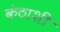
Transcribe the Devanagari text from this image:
कंठाशी